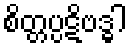
စိတ္တပ္ပဋိဗဒ္ဓါ